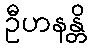
ဦဟနန္တိ